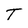
Character: T